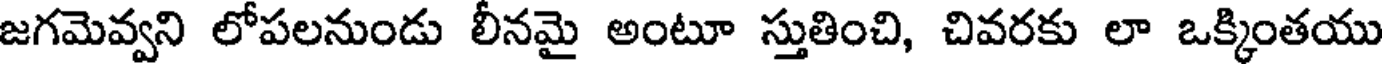
జగమెవ్వని లోపలనుండు లీనమై అంటూ స్తుతించి, చివరకు లా ఒక్కింతయు